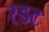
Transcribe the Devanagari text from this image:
स्डट